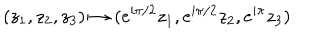
LaTeX: ( z _ { 1 } , z _ { 2 } , z _ { 3 } ) \mapsto ( e ^ { i \pi / 2 } z _ { 1 } , e ^ { i \pi / 2 } z _ { 2 } , e ^ { i \pi } z _ { 3 } )